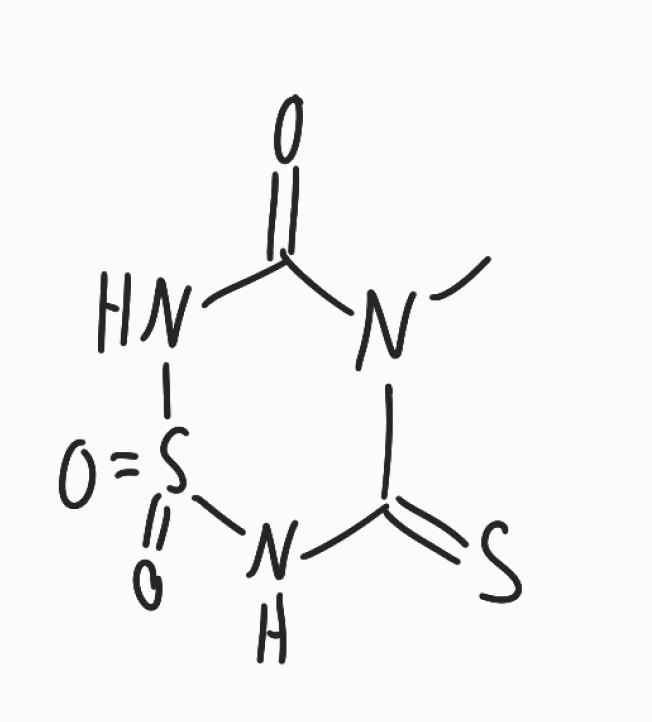
Simplified molecular-input line-entry system (SMILES) notation of the given molecule:
CN1C(=O)NS(=O)(=O)NC1=S